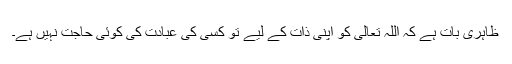
ظاہری بات ہے کہ اللہ تعالیٰ کو اپنی ذات کے لیے تو کسی کی عبادت کی کوئی حاجت نہیں ہے۔